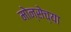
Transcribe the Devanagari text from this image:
मोन्सेच्या